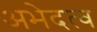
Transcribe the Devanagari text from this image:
अभेदत्व